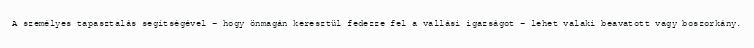
A személyes tapasztalás segítségével – hogy önmagán keresztül fedezze fel a vallási igazságot – lehet valaki beavatott vagy boszorkány.